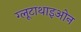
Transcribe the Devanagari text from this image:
ग्लूटाथाइओन